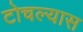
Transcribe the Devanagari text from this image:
टोचल्यास